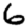
Digit: 6